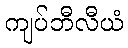
ကျပ်ဘီလီယံ